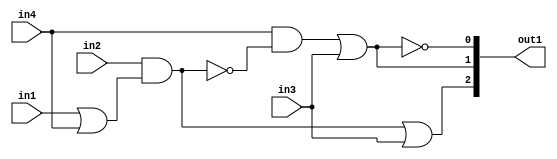
`timescale 1ps / 1ps
/*****************************************************************************
    Verilog RTL Description
    
    
    Created by: Stratus DpOpt 2019.1.01 
*******************************************************************************/

module GaussFilter_gen_busy_r_1_0 (
	in1,
	in2,
	in3,
	in4,
	out1
	); /* architecture "behavioural" */ 
input  in1,
	in2,
	in3,
	in4;
output [2:0] out1;
wire  asc005,
	asc006,
	asc008,
	asc011,
	asc012,
	asc015;
wire [2:0] asc016;

assign asc006 = 
	(in1)
	|(in4);

assign asc005 = 
	(in2)
	&(asc006);

assign asc008 = 
	(asc005)
	|(in3);

assign asc012 = 
	(in4)
	&((~asc005));

assign asc011 = 
	(asc012)
	|(in3);

assign asc015 = 
	((~asc011));

assign asc016 = {asc008,asc011,asc015};

assign out1 = asc016;
endmodule

/* CADENCE  v7n0TAo= : u9/ySgnWtBlWxVPRXgAZ4Og= ** DO NOT EDIT THIS LINE ******/